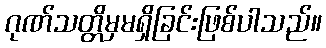
ဂုဏ်သတ္တိမှမရှိခြင်းဖြစ်ပါသည်။